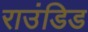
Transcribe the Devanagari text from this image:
राउंडिड